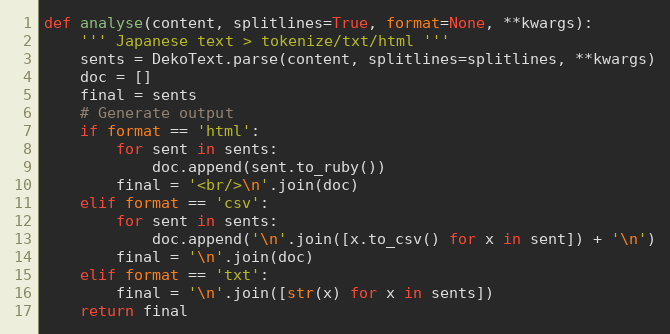
Language: Python
def analyse(content, splitlines=True, format=None, **kwargs):
    ''' Japanese text > tokenize/txt/html '''
    sents = DekoText.parse(content, splitlines=splitlines, **kwargs)
    doc = []
    final = sents
    # Generate output
    if format == 'html':
        for sent in sents:
            doc.append(sent.to_ruby())
        final = '<br/>\n'.join(doc)
    elif format == 'csv':
        for sent in sents:
            doc.append('\n'.join([x.to_csv() for x in sent]) + '\n')
        final = '\n'.join(doc)
    elif format == 'txt':
        final = '\n'.join([str(x) for x in sents])
    return final